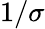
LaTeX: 1/\sigma